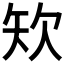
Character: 𥎯